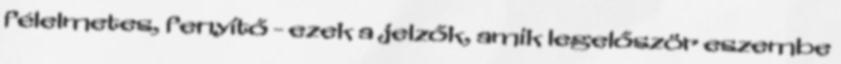
félelmetes, fenyítő - ezek a jelzők, amik legelőször eszembe